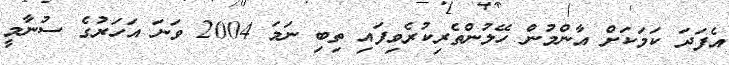
އެފަދަ ކަމަކަށް އާންމުން ހޭލުންތެރިކުރެވިފައި ތިބި ނަމަ 2004 ވަނަ އަހަރުގެ ސުނާމީ